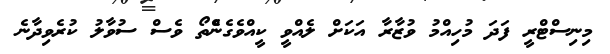
މިނިސްޓްރީ ފަދަ މުހިއްމު ވުޒާރާ އަކަށް ލެއްވީ ކީއްވެގެނެްތޯ ވެސް ސުވާލު ކުރެވިދާނެ